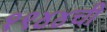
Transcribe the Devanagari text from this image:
१९४४ची